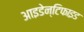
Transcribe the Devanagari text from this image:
आइडेन्टिफाइड